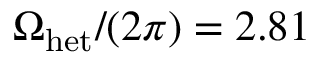
\Omega _ { \mathrm { h e t } } / ( 2 \pi ) = 2 . 8 1